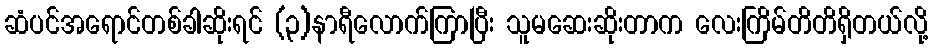
ဆံပင်အရောင်တစ်ခါဆိုးရင် (၃)နာရီလောက်ကြာပြီး သူမဆေးဆိုးတာက လေးကြိမ်တိတိရှိတယ်လို့